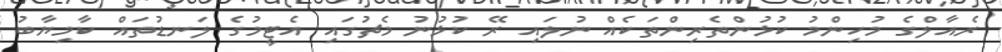
ރެއާލްގެ މުހިންމު ކުޅުންތެރިންތަކެއް ނުލައި ރޭ ކުޅުނު މެޗުގައި އެޓީމުގެ ލަނޑުތައް ކާމިޔާބު